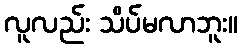
လူလည်း သိပ်မလာဘူး။